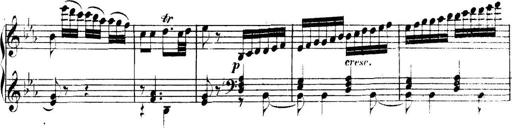
Title: Collected Piano Sonatas
Composer: Muzio Clementi